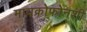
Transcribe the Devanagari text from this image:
मायक्रोफोनशी